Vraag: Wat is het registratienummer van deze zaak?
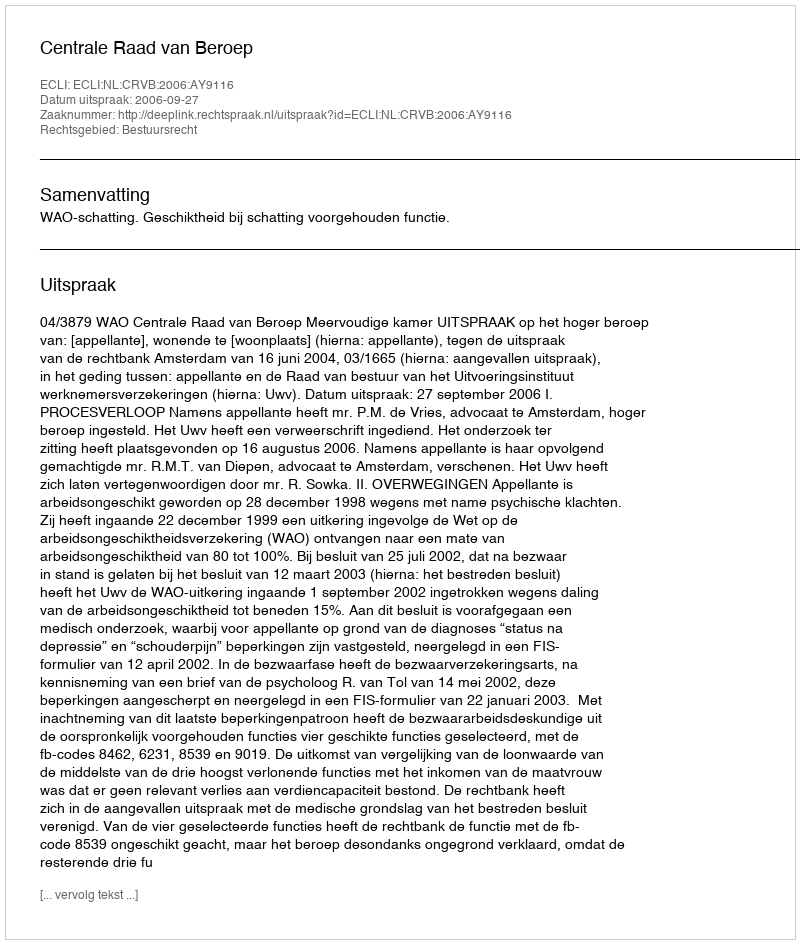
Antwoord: http://deeplink.rechtspraak.nl/uitspraak?id=ECLI:NL:CRVB:2006:AY9116